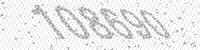
Solution: 108690